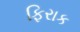
ફિરાક